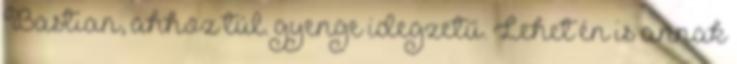
Bastian, ahhoz túl. gyenge idegzetű. Lehet én is annak